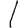
Digit: 1